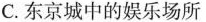
C. 东京城中的娱乐场所